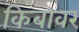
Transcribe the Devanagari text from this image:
किबोवर